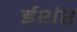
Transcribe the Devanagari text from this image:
ईथंर